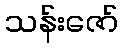
သန်းဇော်